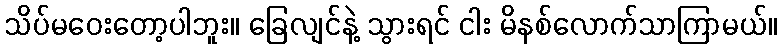
သိပ်မဝေးတော့ပါဘူး။ ခြေလျင်နဲ့ သွားရင် ငါး မိနစ်လောက်သာကြာမယ်။